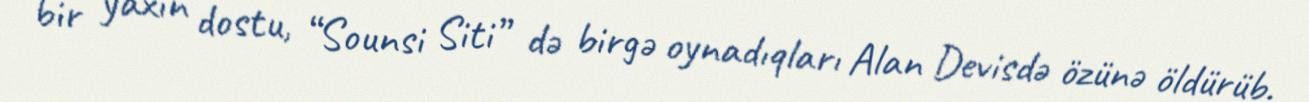
bir yaxın dostu, “Sounsi Siti” də birgə oynadıqları Alan Devisdə özünə öldürüb.